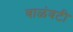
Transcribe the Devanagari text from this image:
वाळंवटी